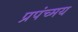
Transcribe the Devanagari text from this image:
प्रपंच्मय